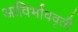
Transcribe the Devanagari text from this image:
आविर्भाववृती